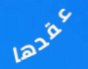
عقدها